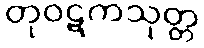
တုဝဋကသုတ္တ